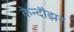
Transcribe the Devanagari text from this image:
केन्दौझर